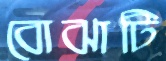
বোঝাটি